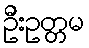
ဦးဥတ္တမ